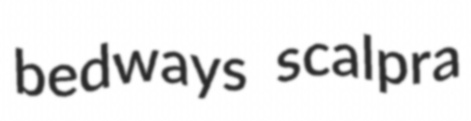
bedways scalpra